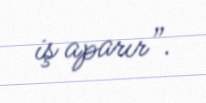
iş aparır”.